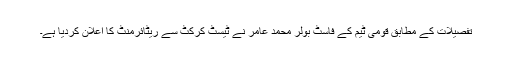
تفصیلات کے مطابق قومی ٹیم کے فاسٹ بولر محمد عامر نے ٹیسٹ کرکٹ سے ریٹائرمنٹ کا اعلان کردیا ہے۔